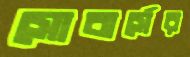
সোবার্সের